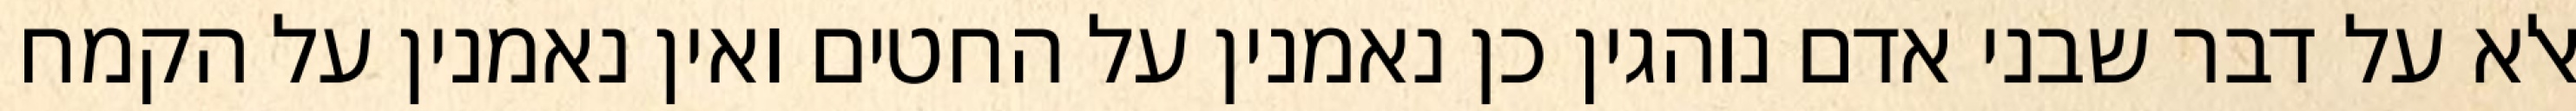
אלא על דבר שבני אדם נוהגין כן נאמנין על החטים ואין נאמנין על הקמח